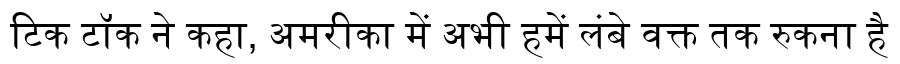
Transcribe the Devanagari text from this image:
टिक टॉक ने कहा, अमरीका में अभी हमें लंबे वक्त तक रुकना है